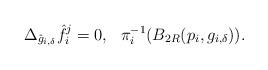
LaTeX: \begin{align*}\Delta_{\hat{g}_{i,\delta}}\hat {f}_{i}^{j}=0,\ \ \pi_{i}^{-1}(B_{2R}(p_{i},g_{i,\delta})).\end{align*}